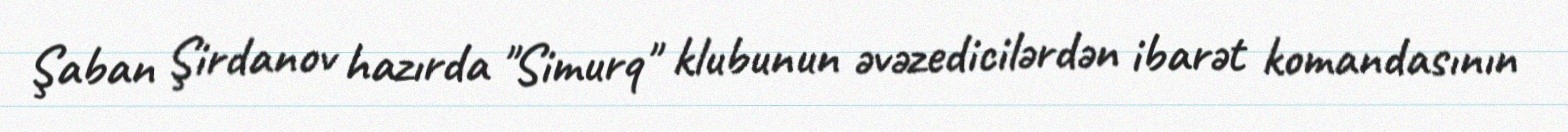
Şaban Şirdanov hazırda "Simurq" klubunun əvəzedicilərdən ibarət komandasının